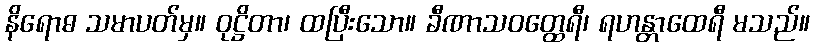
နိရောဓ သမာပတ်မှ။ ဝုဋ္ဌိတာ၊ ထပြီးသော။ ခီဏာသဝတ္ထေရီ၊ ရဟန္တာထေရီ မသည်။